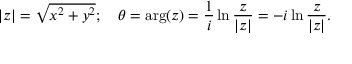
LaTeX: | z | = { \sqrt { x ^ { 2 } + y ^ { 2 } } } ; \quad \theta = \arg ( z ) = { \frac { 1 } { i } } \ln { \frac { z } { | z | } } = - i \ln { \frac { z } { | z | } } .